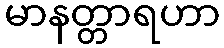
မာနတ္တာရဟာ